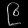
Digit: ၉